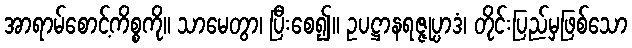
အာရာမ်စောင့်ကိစ္စကို။ သာမေတွာ၊ ပြီးစေ၍။ ဥပဋ္ဌာနရဇ္ဇုပ္ပာဒံ၊ တိုင်းပြည်မှဖြစ်သော